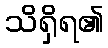
သိရှိရ၏